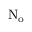
\mathrm { N _ { o } }